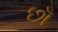
છૉ